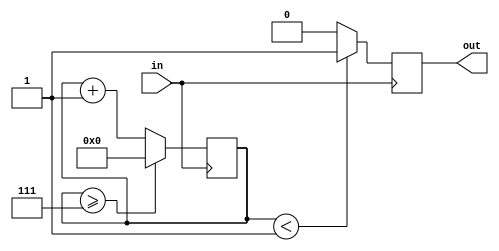
module clock_divider(in, out);
  input in;
  output reg out;
  reg [3:0] counter = 4'd0;
  parameter div = 4'd8;//the factor by which we want to divide the clock frequency
  always@(posedge in)
    begin
      counter<=counter+4'd1;//increment counter by 1 at every posedge of the original clock
      if(counter>=(div-1))//if counter reaches the div parameter value, reset it to 0
        counter<=4'd0;
      out<=(counter<div/8)?1'b1:1'b0;//whenever counter is reset, make the output clock signal high
    end
endmodule